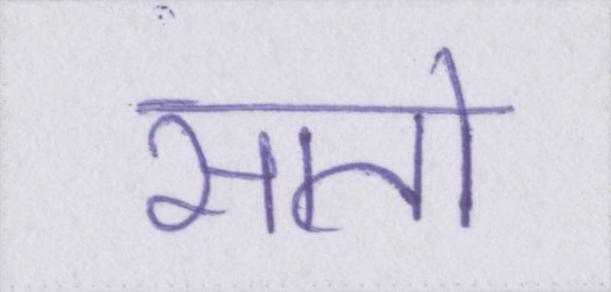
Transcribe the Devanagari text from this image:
सातो